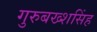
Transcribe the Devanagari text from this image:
गुरुबख्शसिंह